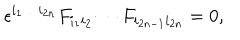
\epsilon ^ { i _ { 1 } \ldots i _ { 2 n } } F _ { i _ { 1 } i _ { 2 } } \cdots F _ { i _ { 2 n - 1 } i _ { 2 n } } = 0 ,